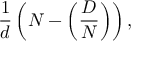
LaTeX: { \frac { 1 } { d } } \left( N - \left( { \frac { D } { N } } \right) \right) ,